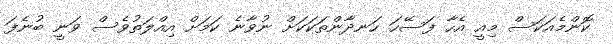
ކޮންމެއަކަސް މިއީ އެހާ ފަސޭހަ ހަނދާންތަކަކަށް ނުވާނެ ކަމަށް އިއްލަތުވެސް ވަނީ ބުނެފަ